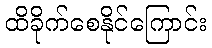
ထိခိုက်စေနိုင်ကြောင်း